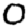
Digit: 0